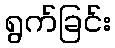
ရွက်ခြင်း